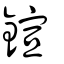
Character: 鍹